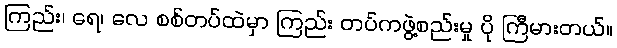
ကြည်း၊ ရေ၊ လေ စစ်တပ်ထဲမှာ ကြည်း တပ်ကဖွဲ့စည်းမှု ပို ကြီမားတယ်။